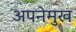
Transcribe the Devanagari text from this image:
अपनेमुख